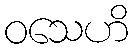
ဝသေဟိ